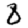
Digit: 8